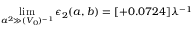
\operatorname * { l i m } _ { a ^ { 2 } \gg ( V _ { 0 } ) ^ { - 1 } } \epsilon _ { 2 } ( a , b ) = [ + 0 . 0 7 2 4 ] \lambda ^ { - 1 }